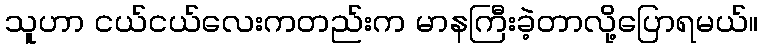
သူဟာ ငယ်ငယ်လေးကတည်းက မာနကြီးခဲ့တာလို့ပြောရမယ်။